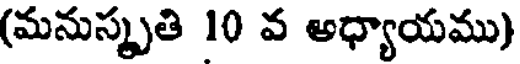
(మనుస్మృతి 10 వ అధ్యాయము)